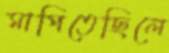
মাপিতেছিলে